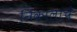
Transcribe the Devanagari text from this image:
निकालांचे